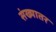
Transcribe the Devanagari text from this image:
संख्यातर